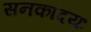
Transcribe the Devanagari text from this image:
सनकादयः